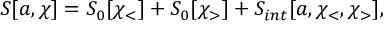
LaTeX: S [ a , \chi ] = S _ { 0 } [ \chi _ { < } ] + S _ { 0 } [ \chi _ { > } ] + S _ { i n t } [ a , \chi _ { < } , \chi _ { > } ] ,